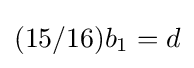
(15/16)b_{1}=d